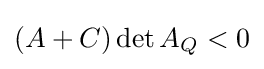
(A+C)\det A_{Q}<0